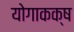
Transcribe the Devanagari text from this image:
योगाकक्ष